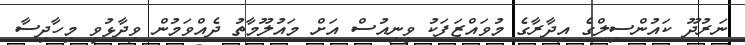
ނަރުދޫ ކައުންސިލްގެ އިދާރާގެ މުވައްޒަފަކު ވީނިއުސް އަށް މައުލޫމާތު ދެއްވަމުން ވިދާޅުވީ މިހާދިސާ